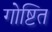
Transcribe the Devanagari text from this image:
गोष्टित